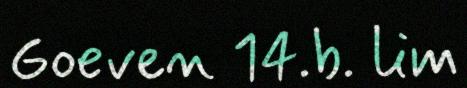
Goeven 14.b. lim